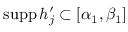
\mathrm { s u p p } \, h _ { j } ^ { \prime } \subset [ \alpha _ { 1 } , \beta _ { 1 } ]